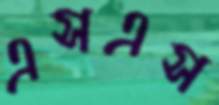
এসএস